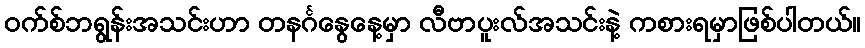
ဝက်စ်ဘရွန်းအသင်းဟာ တနင်္ဂနွေနေ့မှာ လီဗာပူးလ်အသင်းနဲ့ ကစားရမှာဖြစ်ပါတယ်။